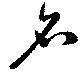
名